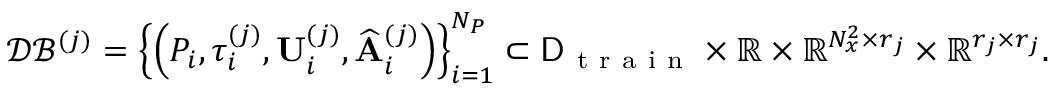
\mathcal { D B } ^ { ( j ) } = \left\{ \left( P _ { i } , \tau _ { i } ^ { ( j ) } , \mathbf { U } _ { i } ^ { ( j ) } , \widehat { \mathbf { A } } _ { i } ^ { ( j ) } \right) \right\} _ { i = 1 } ^ { N _ { P } } \subset \mathsf { D } _ { \mathrm { ~ t ~ r ~ a ~ i ~ n ~ } } \times \mathbb { R } \times \mathbb { R } ^ { N _ { x } ^ { 2 } \times r _ { j } } \times \mathbb { R } ^ { r _ { j } \times r _ { j } } .